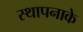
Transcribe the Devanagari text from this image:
स्थापनाके